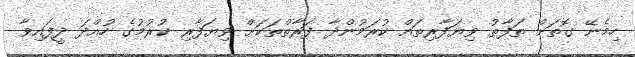
ހިމެނޭ ގޮތަށް ތަފާތު ވިޔަފާރިތައް ކުރަމުންދާ ފަރާތްތަކަށް ވިޔަފާރި ކުރުމުގެ ހުއްދަ ދީފައިވާ